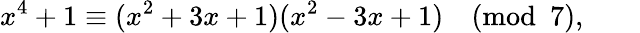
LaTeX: x^{4}+1\equiv(x^{2}+3x+1)(x^{2}-3x+1){\pmod{7}},\qquad